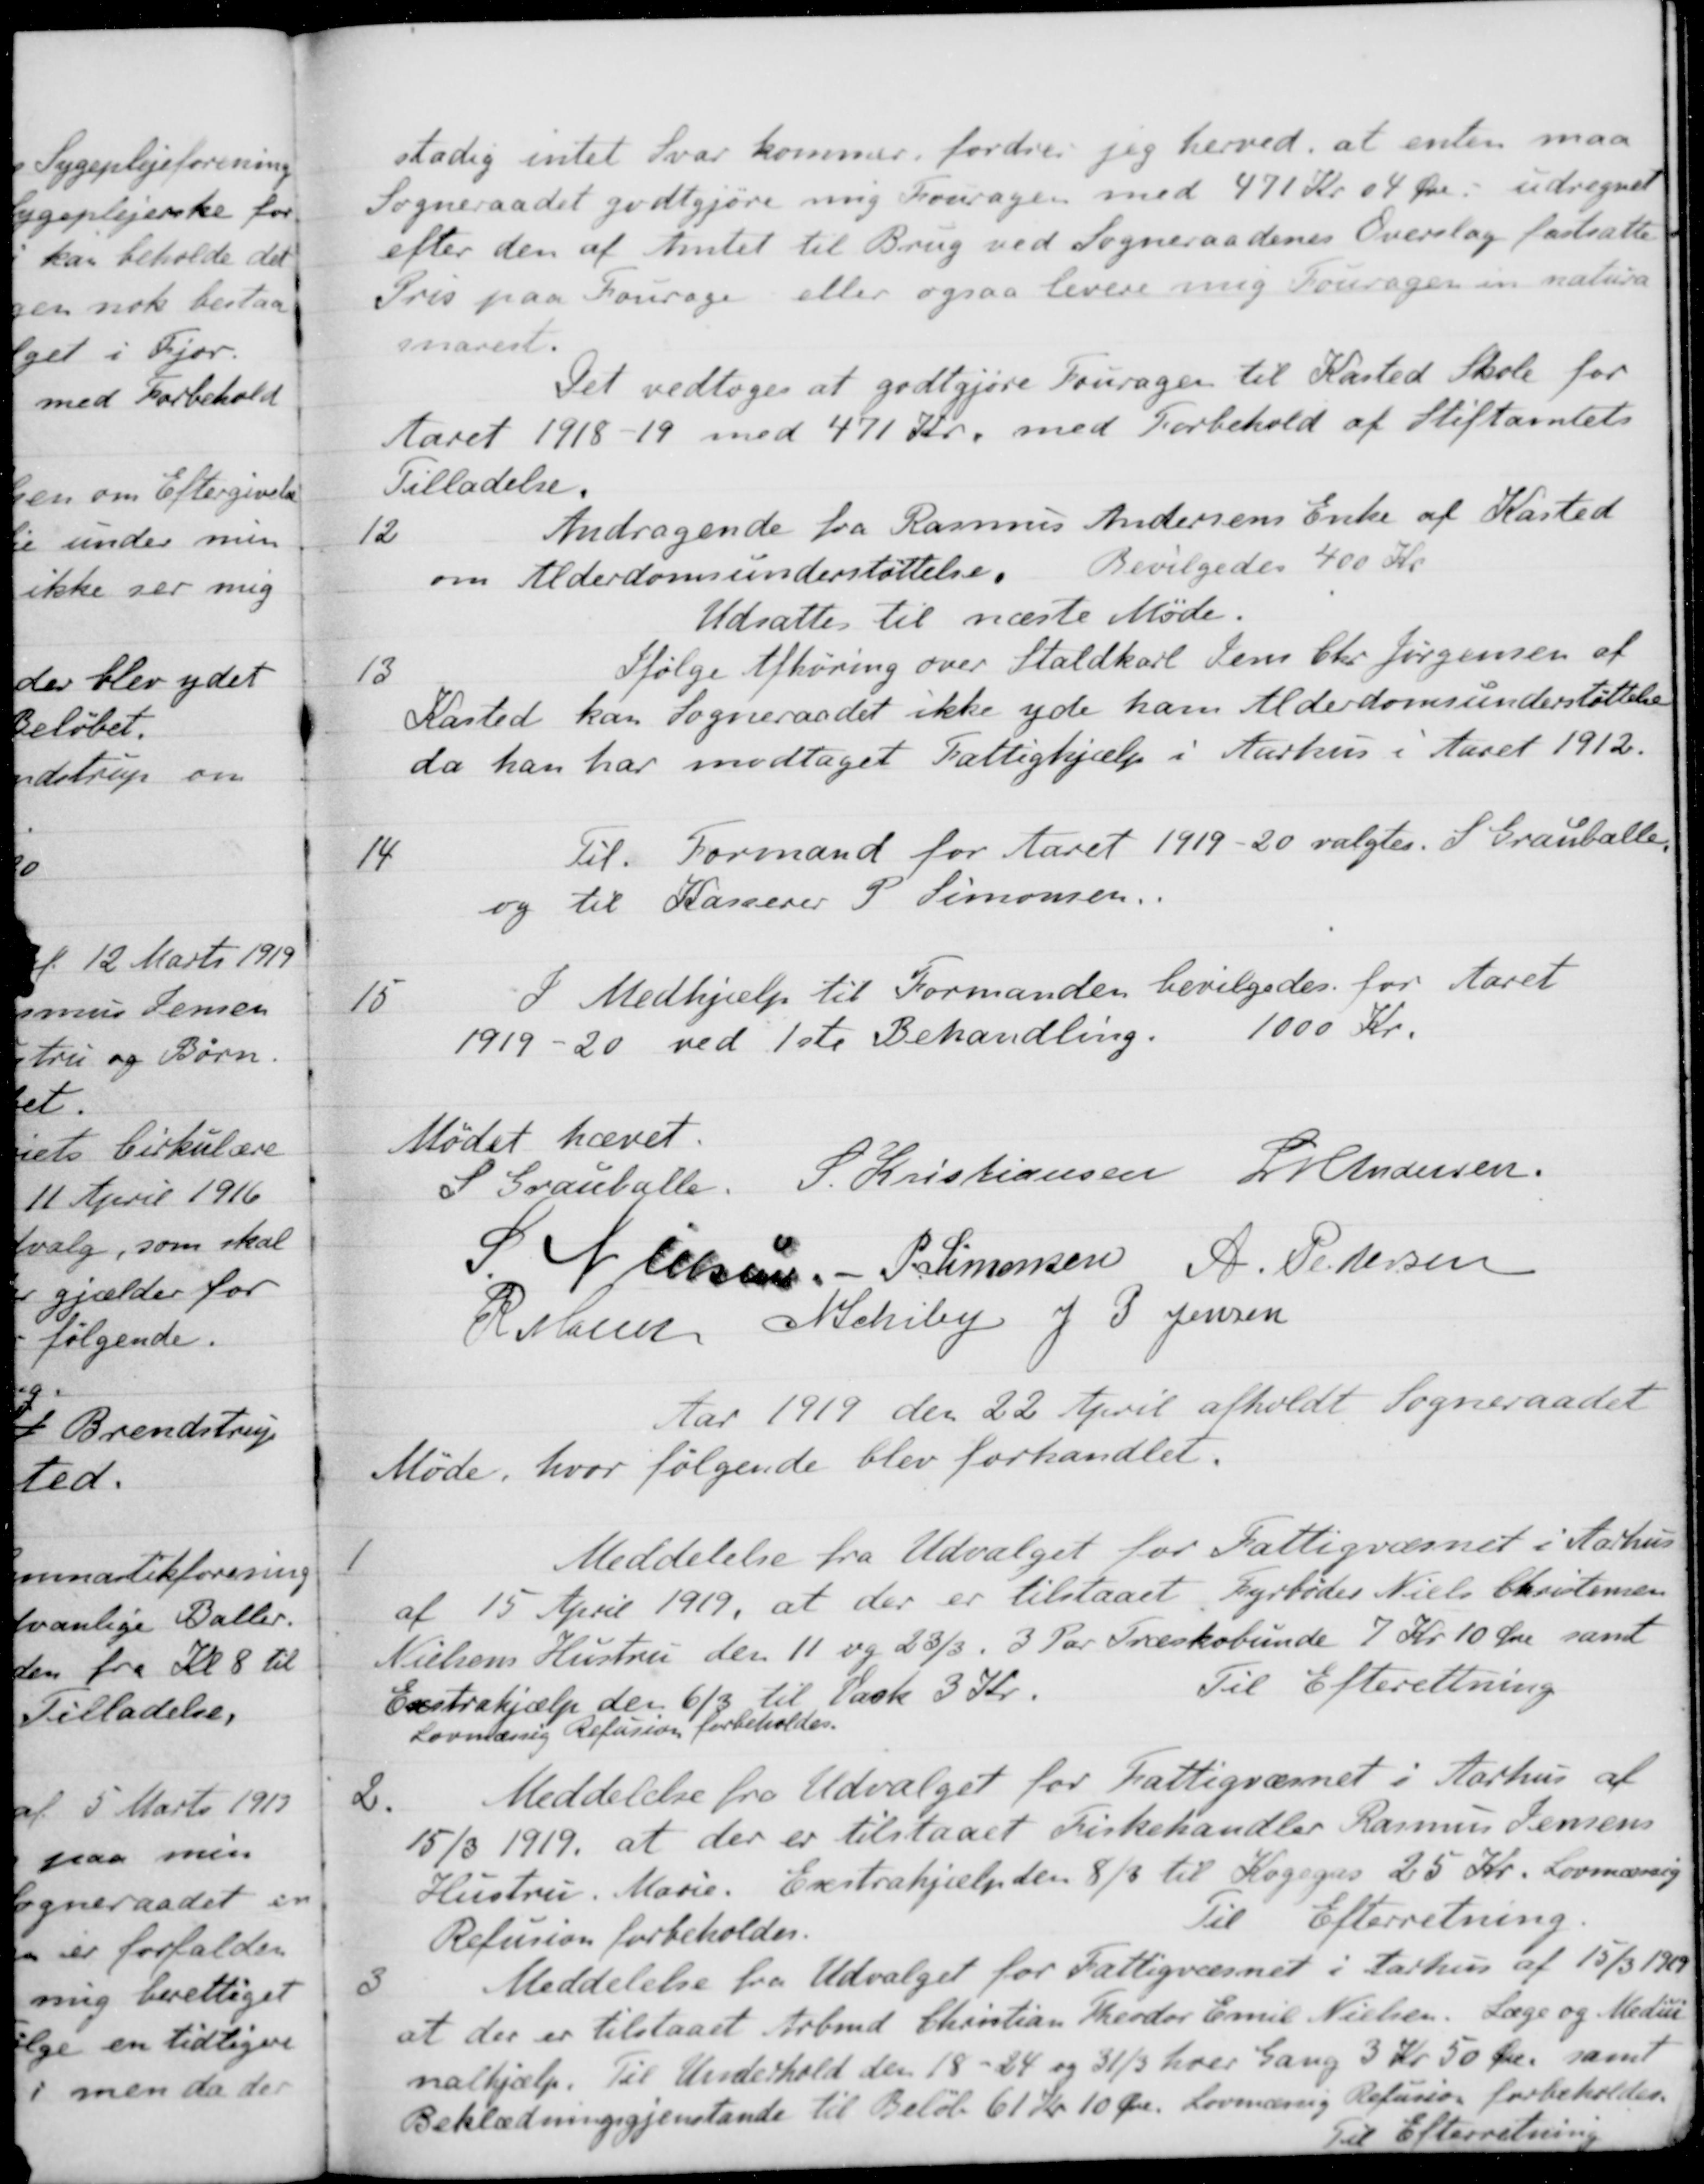
Transskription:
stadig intet Svar kommer, fordrer jeg herved, at enten maa
Sogneraadet godtgjøre mig Fouragen med 471 Kr. 04 Øre udregnet
efter den af Amtet til Brug ved Sogneraadenes Overslag fastsatte
Pris paa Fourage eller ogsaa levere mig Fourager in natura
snarest.
Det vedtoges at godtgjøre Fouragen til Kasted Skole for
Aaret 1918-19 med 471 Kr. med Forbehold af Stiftamtets
Tilladelse.
12
Andragende fra Rasmus Andersens Enke af Kasted
om Alderdomsunderstøttelse. Bevilgedes 400 Kr
Udsattes til næste Møde.
13
Ifølge Afhøring over Staldkarl Jens Chr Jørgensen af
Kasted kan Sogneraadet ikke yde ham Alderdomsunderstøttelse
da han har modtaget Fattighjælp i Aarhus i Aaret 1912.
14
Til Formand for Aaret 1919-20 valgtes. S Grauballe,
og til Kasserer P. Simonsen.
15
I Medhjælp til Formanden bevilgedes for Aaret
1919-20 ved 1ste Behandling.
1000 Kr.
Mødet hævet.
S. Grauballe.
S. Kristiansen
L M Andersen
S Nielsen
P Simonsen
A. Pedersen
R Møller
N Schiby
J P Jensen
Aar 1919 den 22 April afholdt Sogneraadet
Møde, hvor følgende blev forhandlet.
1
Meddelelse fra Udvalget for Fattigvæsnet i Aarhus
af 15 April 1919, at der er tilstaaet Dyrbøder Niels Christensen
Nielsens Hustru den 11 og 23/3. 3 Par Træskobunde 7 Kr. 10 Øre samt 
Exstrahjælp den 6/3 til Vask 3 Kr.
Lovnlæssig Refusion forbeholdes.
Til Efterretning
2.
Meddelelse fra Udvalget for Fattigvæsnet i Aarhus af
15/3 1919, at der er tilstaaet Fiskehandler Rasmus Jensens
Hustru Marie. Exstrahjælp den 8/3 til Kogegas 25 Kr. Lovmæssig
Refusion forbeholdes.
Til Efterretning.
3
Meddelelse fra Udvalget for Fattigvæsnet i Aarhus af 15/3 1919
at der er tilstaaet Arbmd. Christian Theodor Emil Nielsen. Læge og Medici-
nalhjælp. Til Underhold den 18 - 24 og 31/3 hver Gang 3 Kr 50 Øre, samt
Beklædningsgjenstande til Beløb 61 Kr 10 Øre. Lovmæsig Refusion forbeholdes.
Til Efterretning